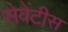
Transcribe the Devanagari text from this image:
सेवेंटीस